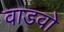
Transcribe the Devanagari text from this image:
वाडवो